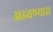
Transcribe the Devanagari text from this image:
अडवण्यास